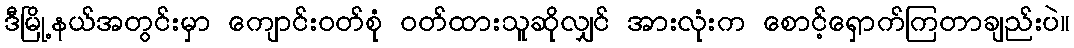
ဒီမြို့နယ်အတွင်းမှာ ကျောင်းဝတ်စုံ ဝတ်ထားသူဆိုလျှင် အားလုံးက စောင့်ရှောက်ကြတာချည်းပဲ။